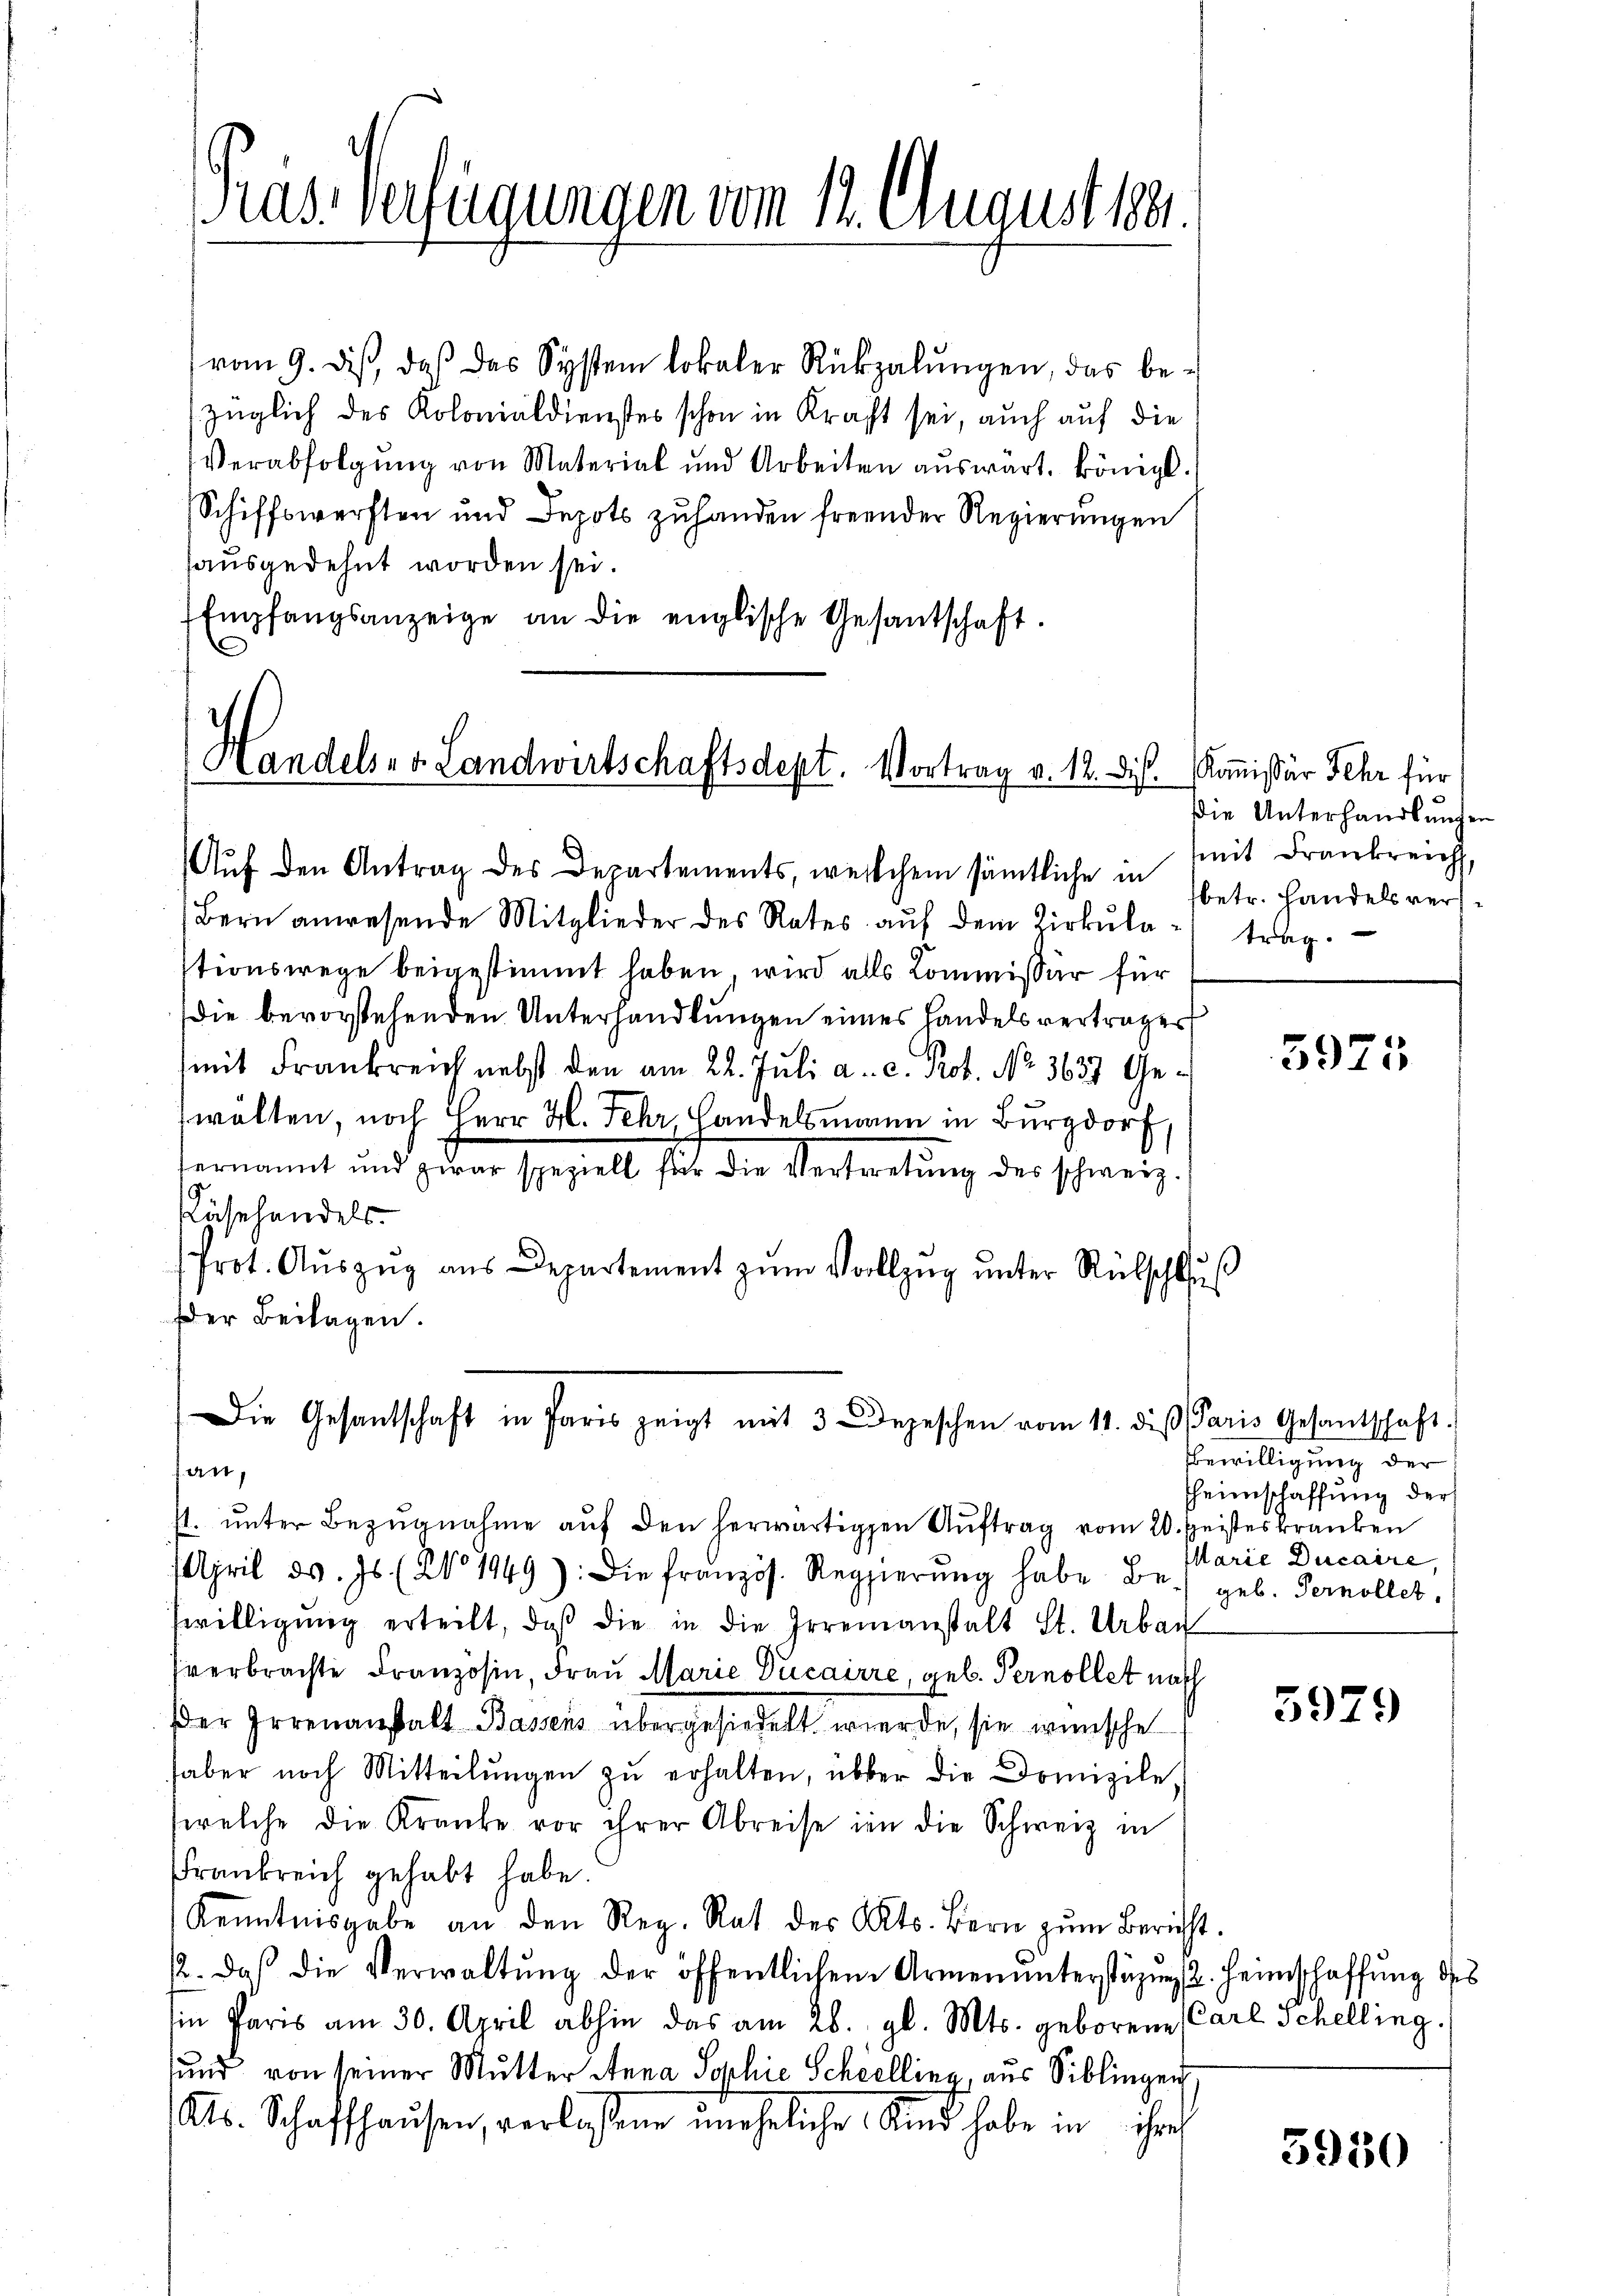
Präs. Verfügungen vom 12. August 18.

vom 9. dis, daß das System lokaler Rückzalŭngen, das be-
züglich des Kolonialdienstes schon in Kraft sei, auch auf die
Verabfolgŭng von Material und Arbeiten aŭswart, königl.
Schiffswerften und Depots zŭ handen freunder Regierŭngen
sausgedehnt worden sei.
Empfangsanzeige an die englische Gesantschaft.

Handels- v. Landwirtschaftsdept. Vortrag v. 12. dis. Kommißär Sehr für

Auf den Antrag des Departements, welchem sämtliche in
Bern anwesende Mitglieder des Rates aŭf dem Zirkŭla - trag-
stionswege beigestimmt haben, wird alls Commissär für
die bevorstehenden Unterhandlungen eines Handelsvertrages
mit Frankreich nebst den am 22. Juli a. c. Prot. No. 3637 Gewälten, noch Herr H. Sehr Landelsmann in Burgdor
sermannt und geben speziell sich die Vertretung der schweiz.
äsehandels.
Prot. Aŭszŭg aŭs Departement zŭm Vollzŭg ŭnter Rükschlŭs
Der Beilagen.
an,
st ŭnter Bezŭgnahme aŭf den herwärtigen Aŭftrag vom 20. Heisteskranken
April d. Js. (N. 1949): Die französ. Regierŭng habe Be.) geb. Ternellet,
willigŭng erteilt, daß die in die Irrenanstalt St. Urban
sverbrachte Französin, Frau Marie Ducairre, geb. Pernollet nach
er Irrenanstalt Bassens übergesiedelt werde, sie wünsche
haber noch Mitteilŭngen zŭ erhalten, über die Domizile,
welche die Kranke vor ihrer Abreise in die Schweiz in
Frankreich gehabt habe.
Kenntnisgabe an den Reg. Rat des Kts. Bern zŭm Bericht.
2. daß die Verwaltŭng der öffentlichen Armenunterstüzung 2. Heimschaffung des
in Paris am 30. April abhin das am 26. gl. Mts. geborene Carl Schelling.
sund von seiner Mutter Anna Sophie Scheellina, aus Siblingen
Alb. Schaffhausen, verlassen uneheliche Und habe in ihr

Die Gesandschaft in Paris zeigt mit 3 Depeschen vom 11. diβ Paris Gesantschaft.

Die Unterhandlungen
mit Frankreich,
betr. Handels ver¬

3975

Bewilligung der
heimschaffung der
Marie Ducaire,

5979

5950